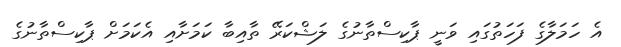
އެ ހަމަލާގެ ފަހަތުގައި ވަނީ ޕާކިސްތާނުގެ ލަޝްކަރޭ ތާއިބާ ކަމަށާއި އެކަމަށް ޕާކިސްތާނުގެ